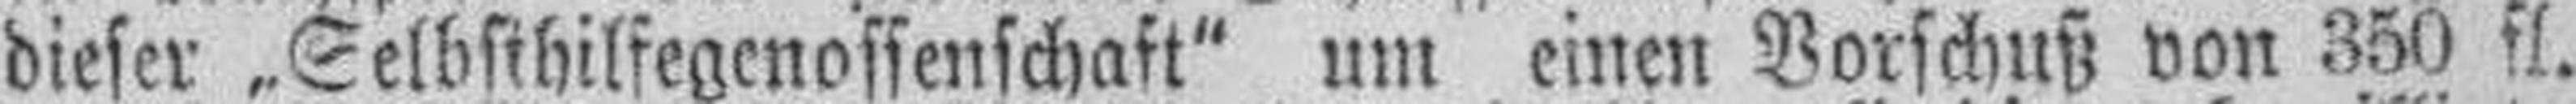
dieser „Selbsthilfegenossenschaft" um einen Vorschuß von 350 fl.